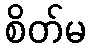
စိတ်မ